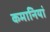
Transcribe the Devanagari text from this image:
कमानियां